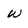
Character: w